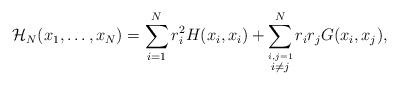
LaTeX: \begin{align*}\mathcal H_N(x_1,\ldots,x_N)=\sum_{i=1}^Nr_i^2H(x_i,x_i)+\sum_{\stackrel{i,j=1}{i\neq j}}^Nr_ir_jG(x_i,x_j),\end{align*}